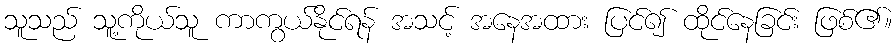
သူသည် သူ့ကိုယ်သူ ကာကွယ်နိုင်ရန် အသင့် အနေအထား ပြင်၍ ထိုင်နေခြင်း ဖြစ်၏။